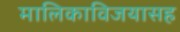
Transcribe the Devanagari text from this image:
मालिकाविजयासह